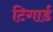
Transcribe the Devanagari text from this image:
टिगार्ड